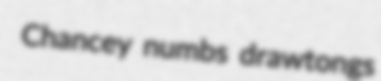
Chancey numbs drawtongs